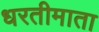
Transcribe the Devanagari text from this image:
धरतीमाता